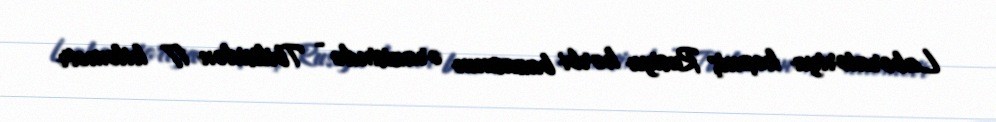
Laboratoriya keçmiş Rusiya hərbi bazasının ərazisində - Tbilisidən 17 kilometr